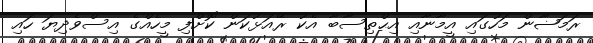
ރަމަޟާން މަހުގައި އީމާނާއި އިޙްތިސާބާ އެކު ރޭއަޅުކަން ކޮށްފި މީހެއްގެ އިސްވެދިޔަ ހައި